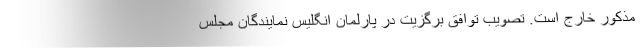
مذکور خارج است. تصویب توافق برگزیت در پارلمان انگلیس نمایندگان مجلس